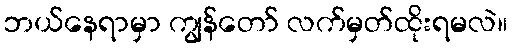
ဘယ်နေရာမှာ ကျွန်တော် လက်မှတ်ထိုးရမလဲ။